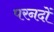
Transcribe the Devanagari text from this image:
परनदों